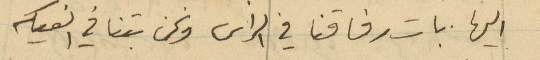
اليها. بات رفاقنا في الراس ونحن بتنا في الفيكه